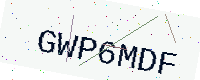
Text: GWP6MDF